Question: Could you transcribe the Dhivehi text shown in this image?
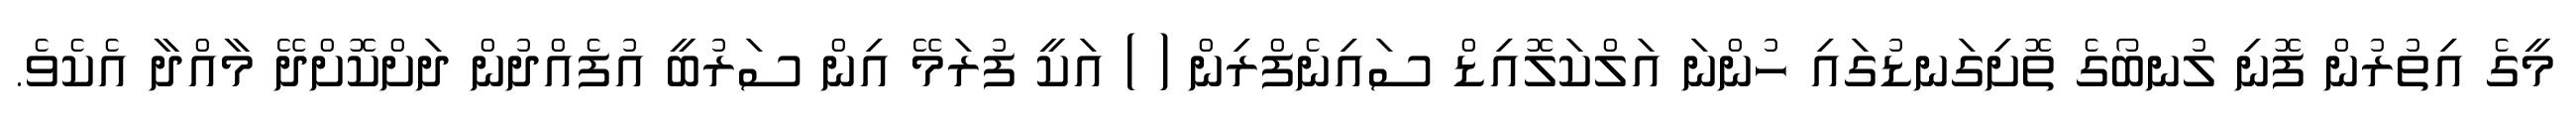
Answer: މީގެ އިތުރުން ފޮނި ލުނބޯގެ ތޮށިގަނޑުގައި ހުންނަ އަލްކަލޮއިޑް ސައިނެފްރިން ( ) އަކީ ފުރަމޭ އިން ސަރުބީ އުފެއްދުން ދަށްކޮށްދޭ މާއްދާ އެކެވެ.